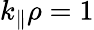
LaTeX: k_{\parallel}\rho=1